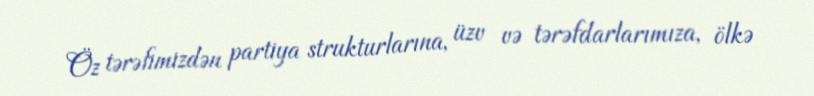
Öz tərəfimizdən partiya strukturlarına, üzv və tərəfdarlarımıza, ölkə